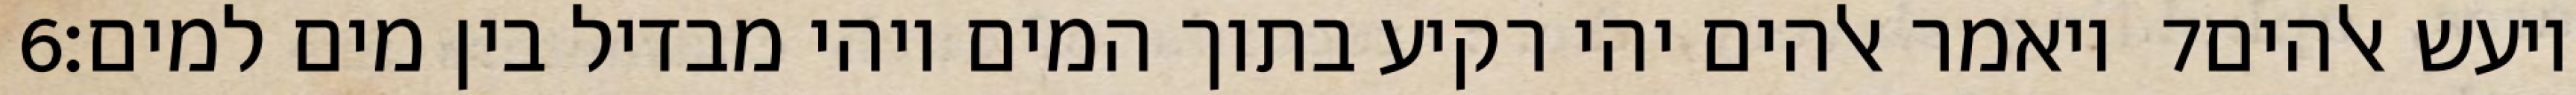
‎6‏ ויאמר אלהים יהי רקיע בתוך המים ויהי מבדיל בין מים למים׃ ‎7‏ ויעש אלהים